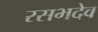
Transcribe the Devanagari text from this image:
रसभदेव